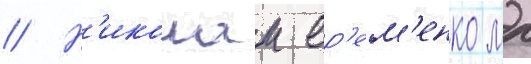
// Н'иколаи ер'ем'енко мл